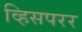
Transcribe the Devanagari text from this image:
व्हिसपरर